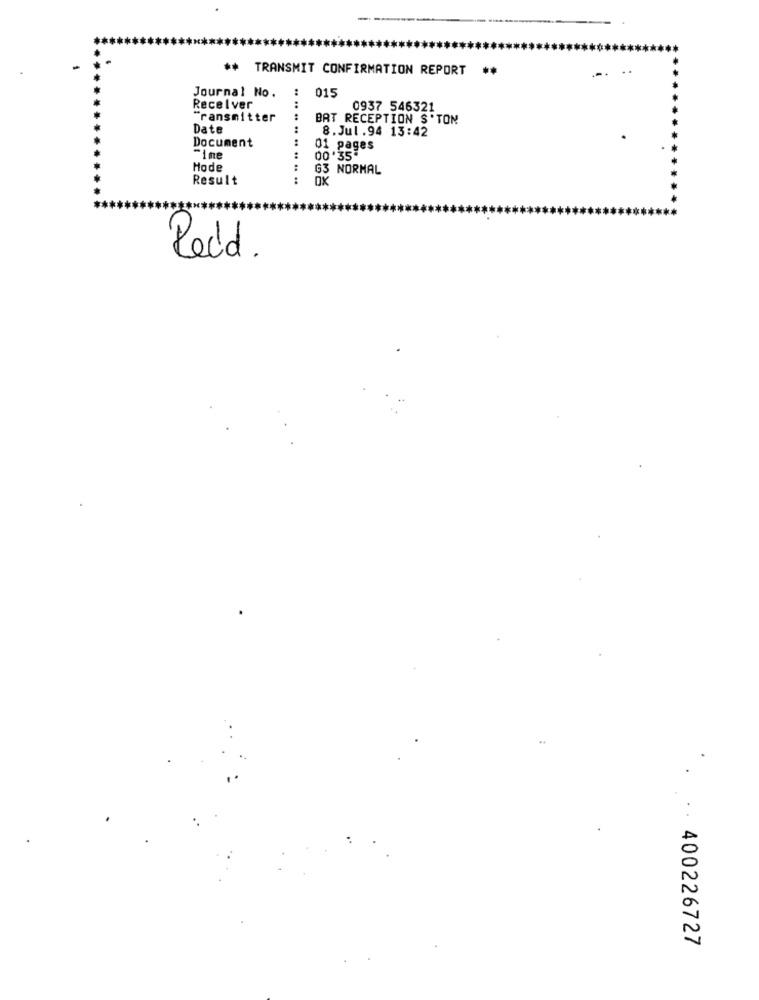
** TRANSMIT CONFIRMATION REPORT
..
Journal No.
:
015
:
Receiver
0937 546321
"ransmitter
:
BAT RECEPTION S'TON
Date
8. Jul.94 13:42
Document
.. ..
01 pages
-ine
00 .35
Hode
..
G3 NORMAL
Result
Redd .
. . 400226727